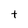
Character: t